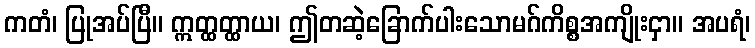
ကတံ၊ ပြုအပ်ပြီ။ ဣတ္ထတ္ထာယ၊ ဤတဆဲ့ခြောက်ပါးသောမဂ်ကိစ္စအကျိုးငှာ။ အပရံ၊